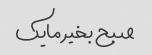
صبح بخیر مایک